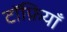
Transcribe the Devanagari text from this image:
टॉफ़ियाँ